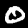
Label: 0